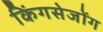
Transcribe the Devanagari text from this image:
किंगसेजोंग